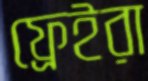
ফ্রেইরা